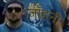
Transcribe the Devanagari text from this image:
जॉहनी